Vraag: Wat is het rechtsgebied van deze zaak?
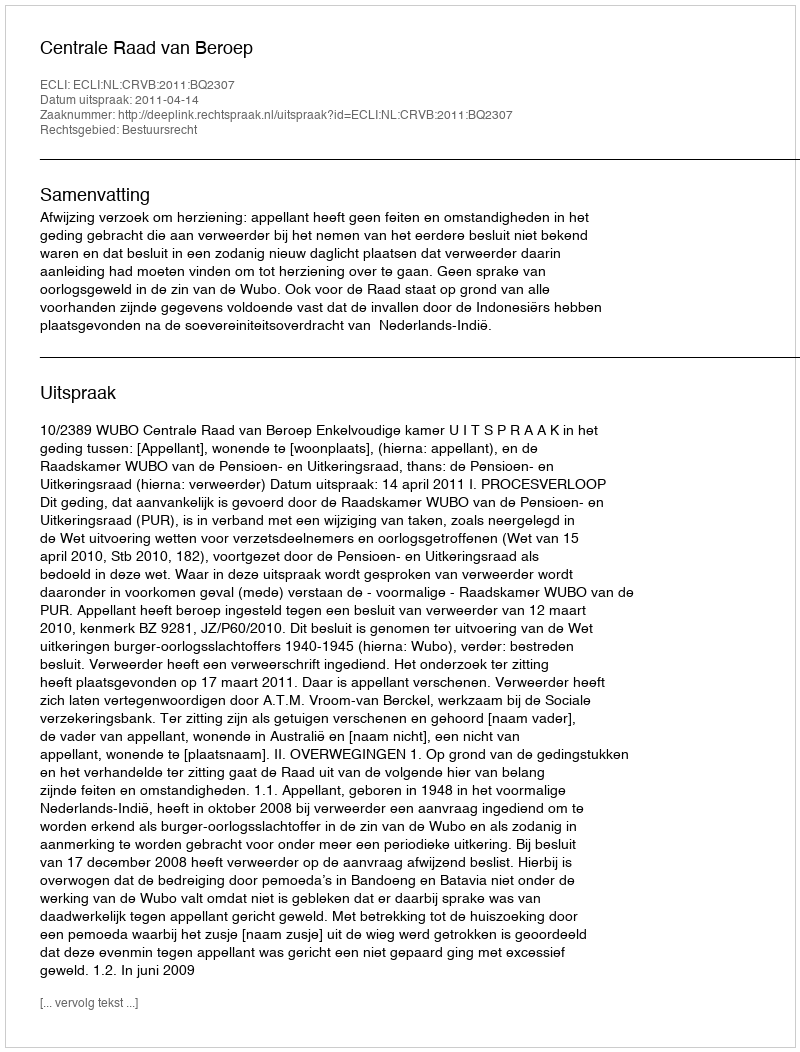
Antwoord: Bestuursrecht